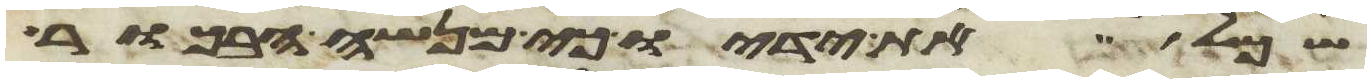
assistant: שכל את ידיו כי מנשה הבכור